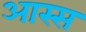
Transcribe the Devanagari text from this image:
आस्स